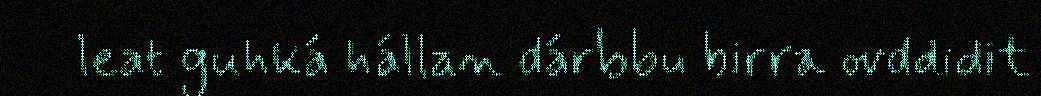
leat guhká hállan dárbbu birra ovddidit